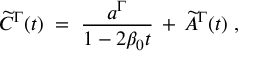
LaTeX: \widetilde { C } ^ { \Gamma } ( t ) \; = \; { \frac { a ^ { \Gamma } } { 1 - 2 \beta _ { 0 } t } } \, + \, \widetilde { A } ^ { \Gamma } ( t ) \; ,